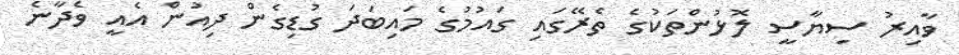
ވާއިރު ސިޔާސީ ލޮޅުންތަކުގެ ތެރޭގައި ގައުމުގެ މައިބަދަ ގުޑިގެން ދިއުން އެއީ ވެދާނެ